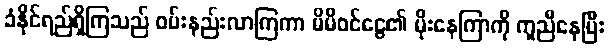
ခံနိုင်ရည်ရှိကြသည် ဝမ်းနည်းလာကြကာ မိမိဝင်ငွေ၏ မိုးနေကြာကို ကူညီနေပြီး